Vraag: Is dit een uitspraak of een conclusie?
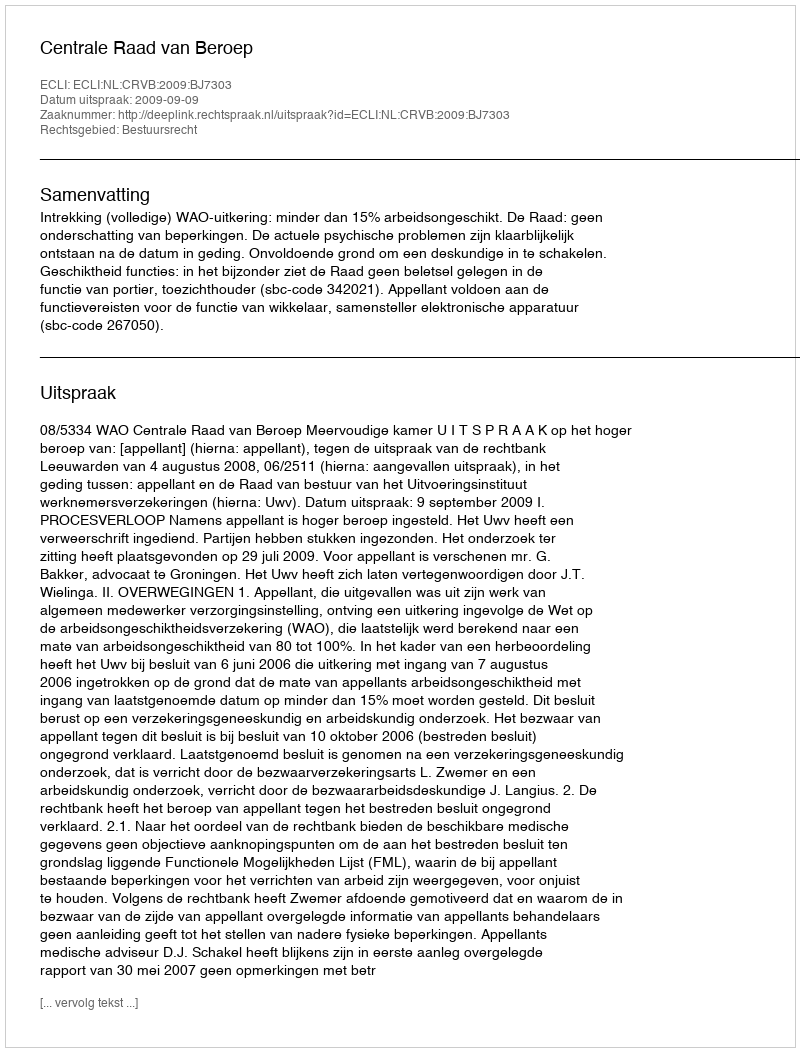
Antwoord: Uitspraak